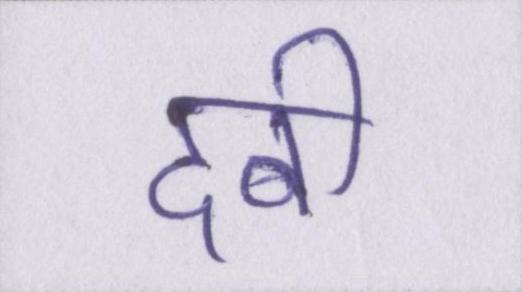
दबी